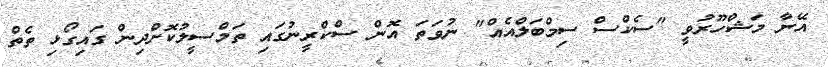
އޭނާ މަޝްހޫރުވީ "ސެކްސް ސިމްބަލްއެއް" ނުވަތަ އޮން ސްކްރީނުގައި ތަމްސީލުކޮށްދިން ގައިގޯޅި ތެތް